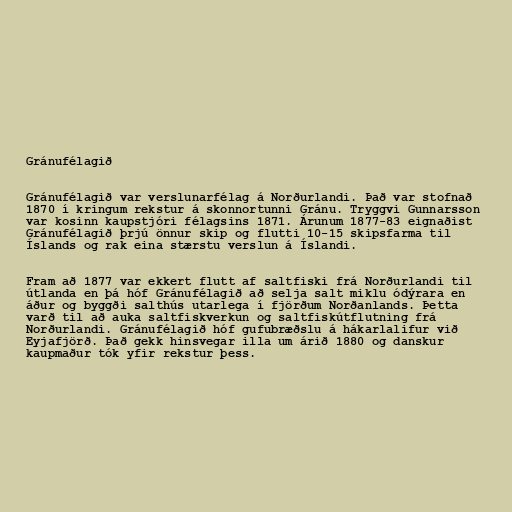
Gránufélagið

Gránufélagið var verslunarfélag á Norðurlandi. Það var stofnað
1870 í kringum rekstur á skonnortunni Gránu. Tryggvi Gunnarsson
var kosinn kaupstjóri félagsins 1871. Árunum 1877-83 eignaðist
Gránufélagið þrjú önnur skip og flutti 10-15 skipsfarma til
Íslands og rak eina stærstu verslun á Íslandi.

Fram að 1877 var ekkert flutt af saltfiski frá Norðurlandi til
útlanda en þá hóf Gránufélagið að selja salt miklu ódýrara en
áður og byggði salthús utarlega í fjörðum Norðanlands. Þetta
varð til að auka saltfiskverkun og saltfiskútflutning frá
Norðurlandi. Gránufélagið hóf gufubræðslu á hákarlalifur við
Eyjafjörð. Það gekk hinsvegar illa um árið 1880 og danskur
kaupmaður tók yfir rekstur þess.